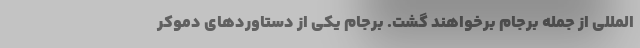
‌المللی از جمله برجام برخواهند گشت. برجام یکی از دستاوردهای دموکر